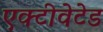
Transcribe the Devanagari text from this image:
एक्टीवेटेड